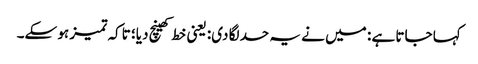
کہا جاتا ہے : میں نے یہ حد لگا دی: یعنی خط کھینچ دیا؛ تاکہ تمیز ہو سکے۔